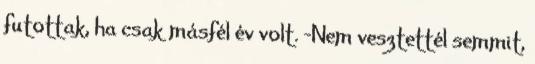
futottak, ha csak másfél év volt. -Nem vesztettél semmit,